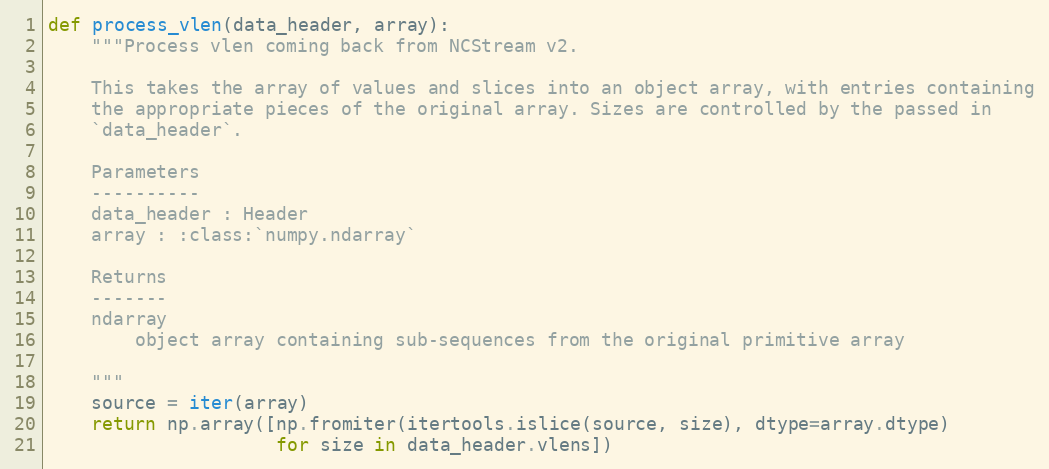
Language: Python
def process_vlen(data_header, array):
    """Process vlen coming back from NCStream v2.

    This takes the array of values and slices into an object array, with entries containing
    the appropriate pieces of the original array. Sizes are controlled by the passed in
    `data_header`.

    Parameters
    ----------
    data_header : Header
    array : :class:`numpy.ndarray`

    Returns
    -------
    ndarray
        object array containing sub-sequences from the original primitive array

    """
    source = iter(array)
    return np.array([np.fromiter(itertools.islice(source, size), dtype=array.dtype)
                     for size in data_header.vlens])